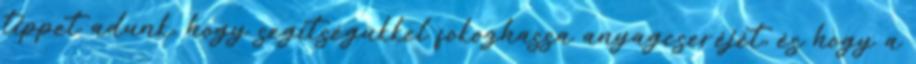
tippet adunk, hogy segítségükkel fokozhassa anyagcseréjét, és hogy a